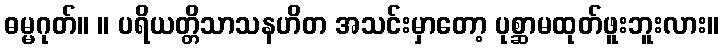
ဓမ္မဂုတ်။ ။ ပရိယတ္တိသာသနဟိတ အသင်းမှာတော့ ပုစ္ဆာမထုတ်ဖူးဘူးလား။